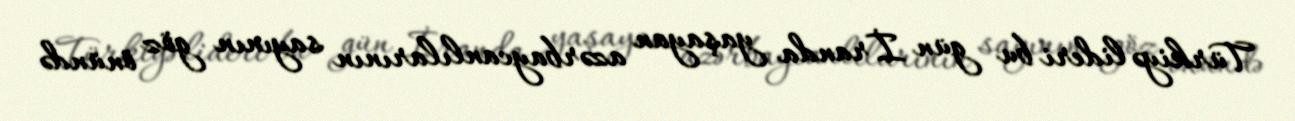
Türkiyə lideri bu gün İranda yaşayan azərbaycanlılarının sayının göz önündə